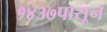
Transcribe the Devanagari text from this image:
१४३७पासून